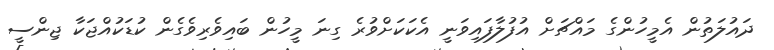
ދައުލަތުން އެމީހުންގެ މައްޗަށް އުފުލާފައިވަނީ އެކަކަށްވުރެ ގިނަ މީހުން ބައިވެރިވެގެން ކުޑަކުއްޖަކާ ޖިންސީ